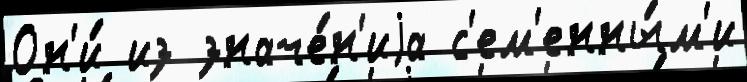
Он'и́ из значе́н'иjа с'ем'енны́м'и